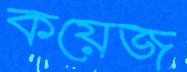
কয়েজ